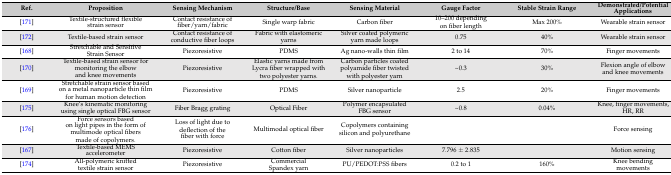
<table><thead><tr><td><b>Ref.</b></td><td><b>Proposition</b></td><td><b>Sensing Mechanism</b></td><td><b>Structure/Base</b></td><td><b>Sensing Material</b></td><td><b>Gauge Factor</b></td><td><b>Stable Strain Range</b></td><td><b>Demonstrated/Potential Applications</b></td></tr></thead><tbody><tr><td>[171]</td><td>Textile-structured flexible strain sensor</td><td>Contact resistance of fiber/yarn/fabric</td><td>Single warp fabric</td><td>Carbon fiber</td><td>10–200 depending on fiber length</td><td>Max 200%</td><td>Wearable strain sensor</td></tr><tr><td>[172]</td><td>Textile-based strain sensor</td><td>Contact resistance of conductive fiber loops</td><td>Fabric with elastomeric yarns</td><td>Silver coated polymeric yarn made loops</td><td>0.75</td><td>40%</td><td>Wearable strain sensor</td></tr><tr><td>[168]</td><td>Stretchable and Sensitive Strain Sensor</td><td>Piezoresistive</td><td>PDMS</td><td>Ag nano-walls thin film</td><td>2 to 14</td><td>70%</td><td>Finger movements</td></tr><tr><td>[170]</td><td>Textile-based strain sensor for monitoring the elbow and knee movements</td><td>Piezoresistive</td><td>Elastic yarns made from Lycra fiber wrapped with two polyester yarns.</td><td>Carbon particles coated polyamide fiber twisted with polyester yarn </td><td>~0.3</td><td>30%</td><td>Flexion angle of elbow and knee movements</td></tr><tr><td>[169]</td><td>Stretchable strain sensor based on a metal nanoparticle thin film for human motion detection</td><td>Piezoresistive</td><td>PDMS</td><td>Silver nanoparticle </td><td>2.5</td><td>20%</td><td>Finger movements</td></tr><tr><td>[175]</td><td>Knee’s kinematic monitoring using single optical FBG sensor</td><td>Fiber Bragg grating</td><td>Optical Fiber</td><td>Polymer encapsulated FBG sensor</td><td>~0.8</td><td>0.04%</td><td>Knee, finger movements, HR, RR</td></tr><tr><td>[176]</td><td>Force sensors based on light pipes in the form of multimode optical fibers made of copolymers.</td><td>Loss of light due to deflection of the fiber with force</td><td>Multimodal optical fiber</td><td>Copolymers containing silicon and polyurethane </td><td></td><td></td><td>Force sensing</td></tr><tr><td>[167]</td><td>Textile-based MEMS accelerometer</td><td>Piezoresistive</td><td>Cotton fiber</td><td>Silver nanoparticles</td><td>7.796 ± 2.835</td><td></td><td>Motion sensing</td></tr><tr><td>[174]</td><td>All-polymeric knitted textile strain sensor</td><td>Piezoresistive</td><td>Commercial Spandex yarn</td><td>PU/PEDOT:PSS fibers</td><td>0.2 to 1</td><td>160%</td><td>Knee bending movements</td></tr></tbody></table>